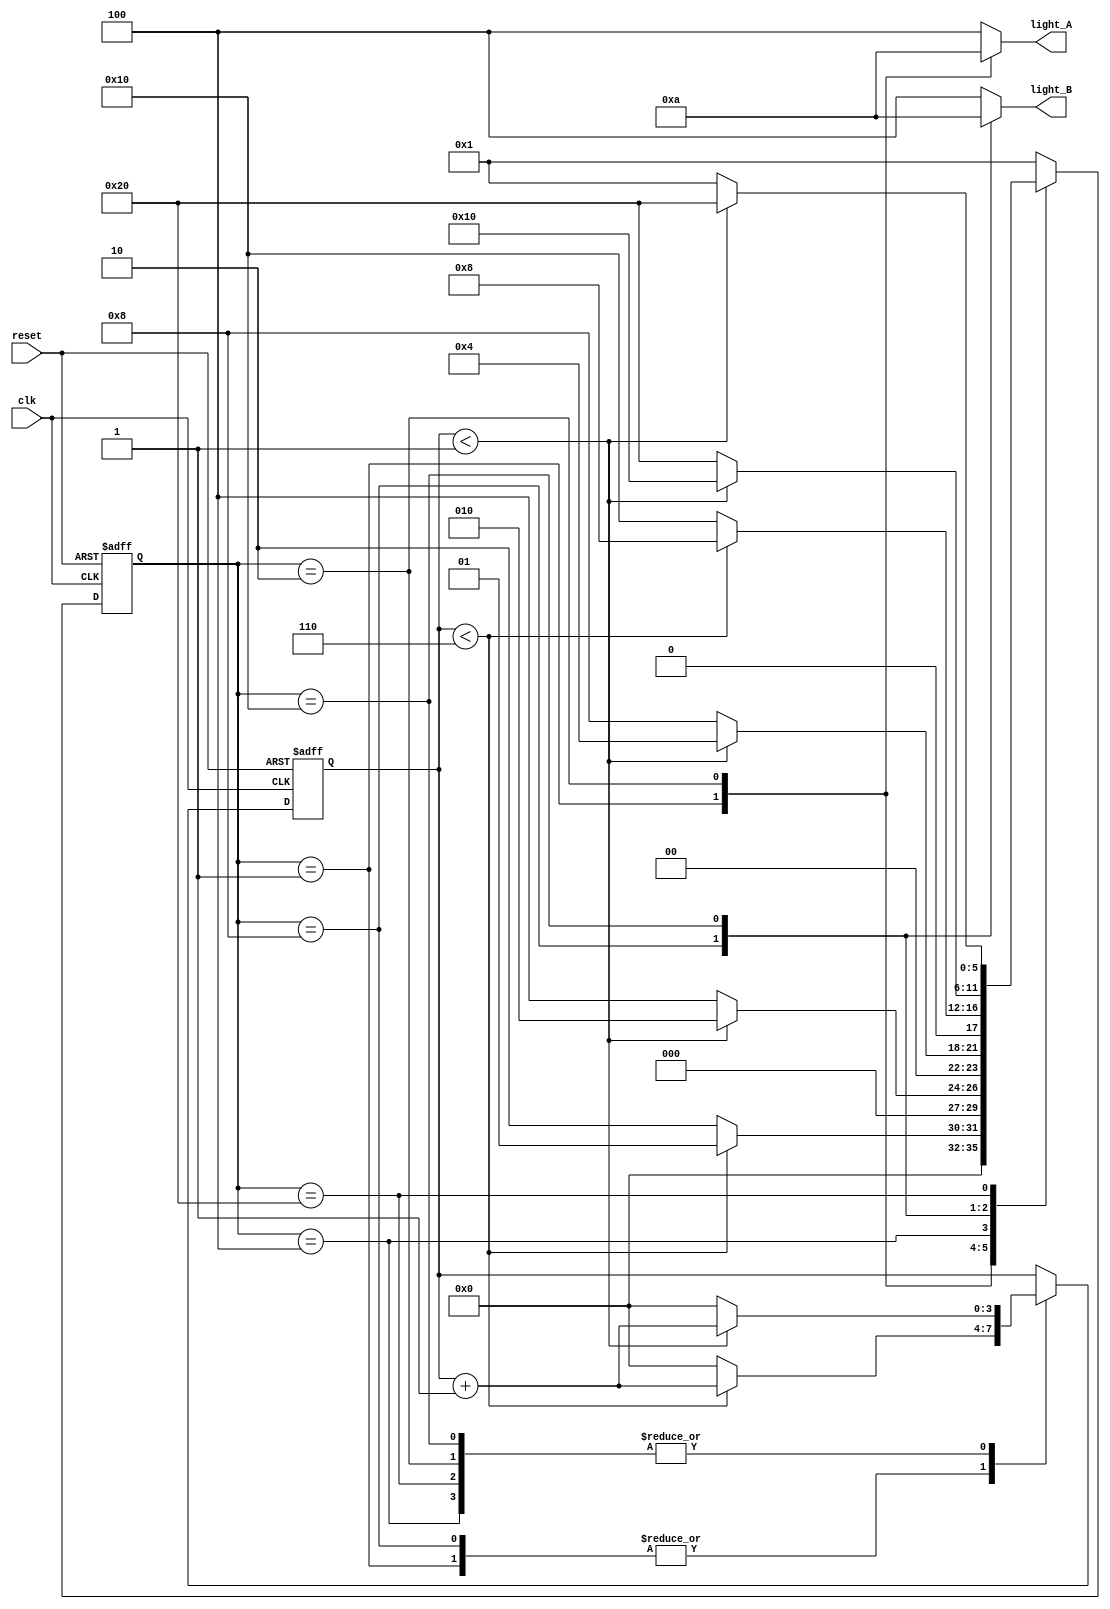
module Traffic_Controller(light_A,light_B,clk,reset);

    output reg [2:0] light_A;
    output reg [2:0] light_B;
    input clk;
    input reset;

    reg[5:0] states;
    parameter  S0=6'b000001,
               S1=6'b000010,
               S2=6'b000100,
               S3=6'b001000,
               S4=6'b010000,
               S5=6'b100000;


    reg [3:0] ctr;
    parameter SEC6=4'd6,
              SEC1=4'd1;
    
    always @(posedge clk or posedge reset)
                   if(reset==1) 
                    begin
                      states <= S0;
                      ctr <= 0;
                   end 
                 else
                     case(states)
                            S0: if(ctr < SEC6)
                                begin
                                   states <=S0;
                                   ctr <= ctr+1;
                                end 
                              else 
                                begin
                                    states <= S1;
                                    ctr <= 0;
                                end

                             S1: if(ctr < SEC1)
                                 begin
                                    states <= S1;
                                    ctr <= ctr+1;
                                end 
                              else 
                                 begin
                                     states <= S2;
                                     ctr <= 0;
                                end

                             S2: if(ctr < SEC1)
                                 begin
                                    states <= S2;
                                    ctr <= ctr+1;
                                end
                              else 
                                begin
                                     states <= S3;
                                     ctr <= 0;
                                end

                             S3: if(ctr < SEC6)
                                 begin
                                    states <= S3;
                                    ctr <= ctr+1;
                                end 
                              else
                                begin
                                     states <= S4;
                                     ctr <= 0;
                                end

                             S4: if(ctr < SEC1)
                                 begin
                                    states <= S4;
                                    ctr <= ctr+1;
                                end
                              else 
                                begin
                                     states <= S5;
                                     ctr <= 0;
                                end

                             S5: if(ctr < SEC1)
                                 begin
                                    states <= S5;
                                    ctr <= ctr+1;
                                end
                              else 
                                begin
                                     states <= S0;
                                     ctr <= 0;
                                end

                             default states <= S0;

                        endcase
               


               always @(*)
               begin
                   case(states)
                        S0: 
                         begin 
                            light_A <= 3'b001;
                            light_B <= 3'b100; 
                         end

                        S1: 
                         begin 
                            light_A <= 6'b010; 
                            light_B <= 3'b100; 
                         end

                        S2: 
                         begin 
                            light_A <= 6'b100;
                            light_B <= 3'b100; 
                         end

                        S3:
                         begin 
                            light_A <= 6'b100; 
                            light_B <= 3'b001; 
                         end

                        S4: 
                         begin 
                            light_A <= 6'b100;
                            light_B <= 3'b010; 
                         end

                        S5: 
                         begin 
                            light_A <= 6'b100;
                            light_B <= 3'b100;
                         end

                        default 
                          begin 
                             light_A <= 6'b100; 
                             light_B <= 3'b100;
                          end
                    endcase
               end
endmodule